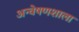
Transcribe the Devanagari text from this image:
अन्वेषणशाला